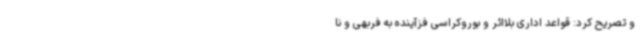
و تصریح کرد: قواعد اداری بلااثر و بوروکراسی فزآینده به فربهی و نا